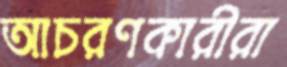
আচরণকারীরা